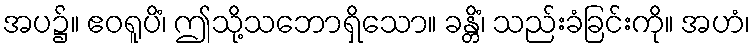
အပ၌။ ဧဝရူပိံ၊ ဤသို့သဘောရှိသော။ ခန္တိံ၊ သည်းခံခြင်းကို။ အဟံ၊